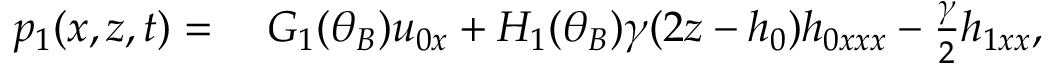
\begin{array} { r l } { p _ { 1 } ( x , z , t ) = } & { { } \; G _ { 1 } ( \theta _ { B } ) u _ { 0 x } + H _ { 1 } ( \theta _ { B } ) \gamma ( 2 z - h _ { 0 } ) h _ { 0 x x x } - \frac { \gamma } { 2 } h _ { 1 x x } , } \end{array}